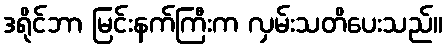
ဒရိုင်ဘာ မြင်းနက်ကြီးက လှမ်းသတိပေးသည်။